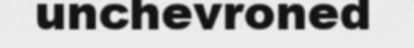
unchevroned